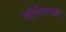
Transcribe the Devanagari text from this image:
अर्चिश्मति